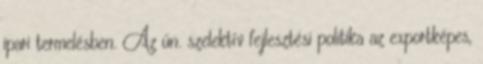
ipari termelésben. Az ún. szelektív fejlesztési politika az exportképes,